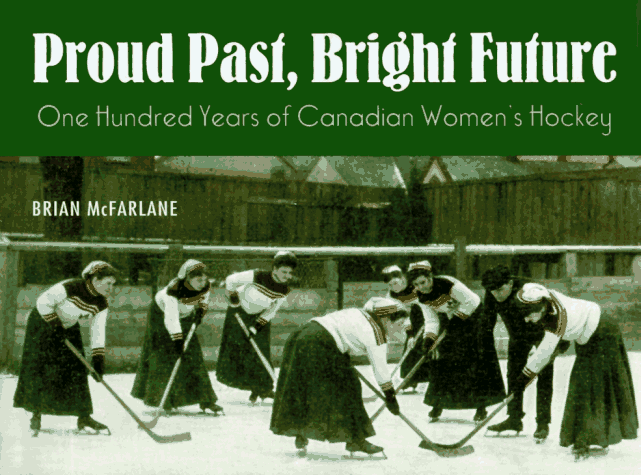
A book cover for Proud Past, Bright Future: One Hundred Years of Canadian Women's Hockey; Brian McFarlane; Sports & Outdoors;